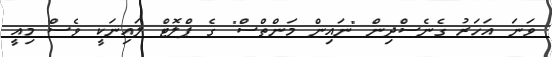
ވަނަ އަހަރު ގެނެސްދިން "ނައިން މަންތްސް" ގެ ޕްލޮޓް ލައިނަކީ ވެސް މިއީ